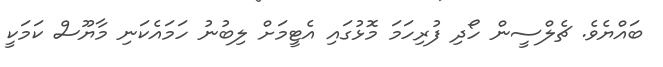
ބައްޔެވެ. ޗެލްސީން ހޯދި ފުރިހަމަ މޮޅުގައި އެޓީމަށް ލިބުނު ހަމައެކަނި މާޔޫސް ކަމަކީ